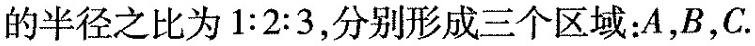
的半径之比为$$1 : 2 : 3$$，分别形成三个区域：A，B，C.